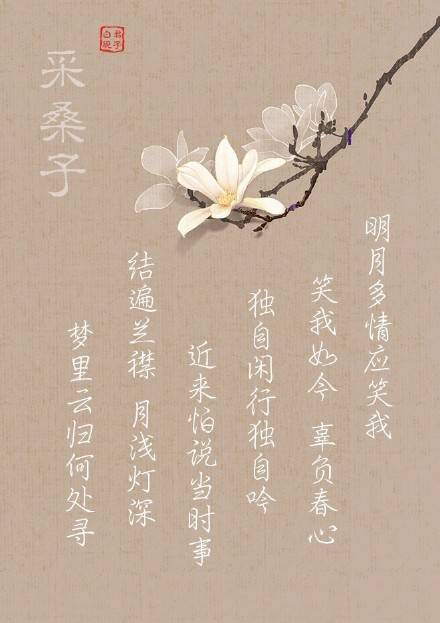
我是人间惆怅客，知君何事泪纵横，断肠声里忆平生。